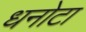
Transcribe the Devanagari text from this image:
धनोटा